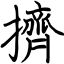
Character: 擠